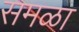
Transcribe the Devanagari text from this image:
समळा